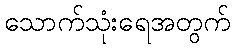
သောက်သုံးရေအတွက်